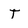
Character: T